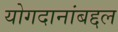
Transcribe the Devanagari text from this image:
योगदानांबद्दल